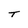
Character: T